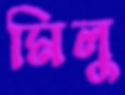
মিলু